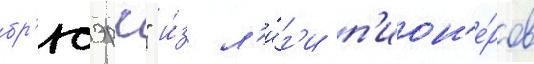
бр'юэрс" и́з л'и́г'и п'ион'е́ров